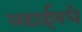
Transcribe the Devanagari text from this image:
लढाईमधे